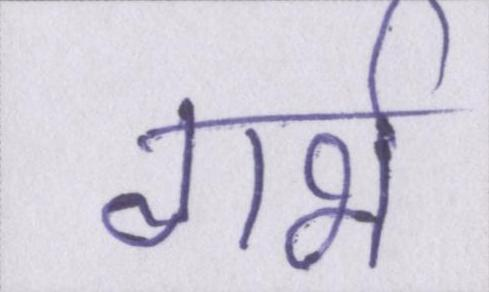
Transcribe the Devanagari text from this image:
गर्भ